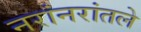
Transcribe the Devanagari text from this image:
नरांनरांतले